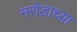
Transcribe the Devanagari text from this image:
नरोडाच्या